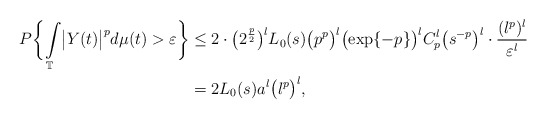
\begin{align*}P \biggl\{\int\limits_{\mathbb{T}}\bigl| Y(t)\bigr|^pd\mu(t)>\varepsilon \biggr\} &\leq2\cdot\bigl(2^{\frac{p}{2}}\bigr)^lL_0(s)\bigl(p^p\bigr)^l\bigl(\exp\{-p\} \bigr)^lC_p^l\bigl(s^{-p}\bigr)^l\cdot\frac{(l^p)^l}{\varepsilon^l}\\& =2L_0(s) a^l\bigl(l^p\bigr)^l,\end{align*}